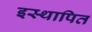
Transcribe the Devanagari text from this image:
इस्थापित